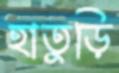
হাতুড়ি